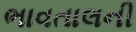
ભાવતાલની